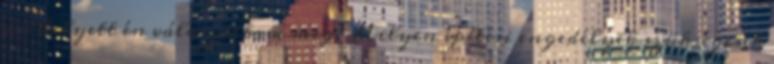
úr helyett én válaszoltam meg. Milyen építési engedélyek szükségesek